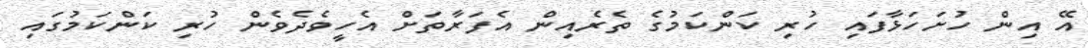
އޭ އިން ހުށަހަޅާފައި ހުރި ކަންކަމުގެ ތެރެއިން އެފަރާތަށް އެހީވެދެވެން ހުރި ކަންކަމުގައި